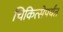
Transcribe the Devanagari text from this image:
चिकित्सेपर्यंत